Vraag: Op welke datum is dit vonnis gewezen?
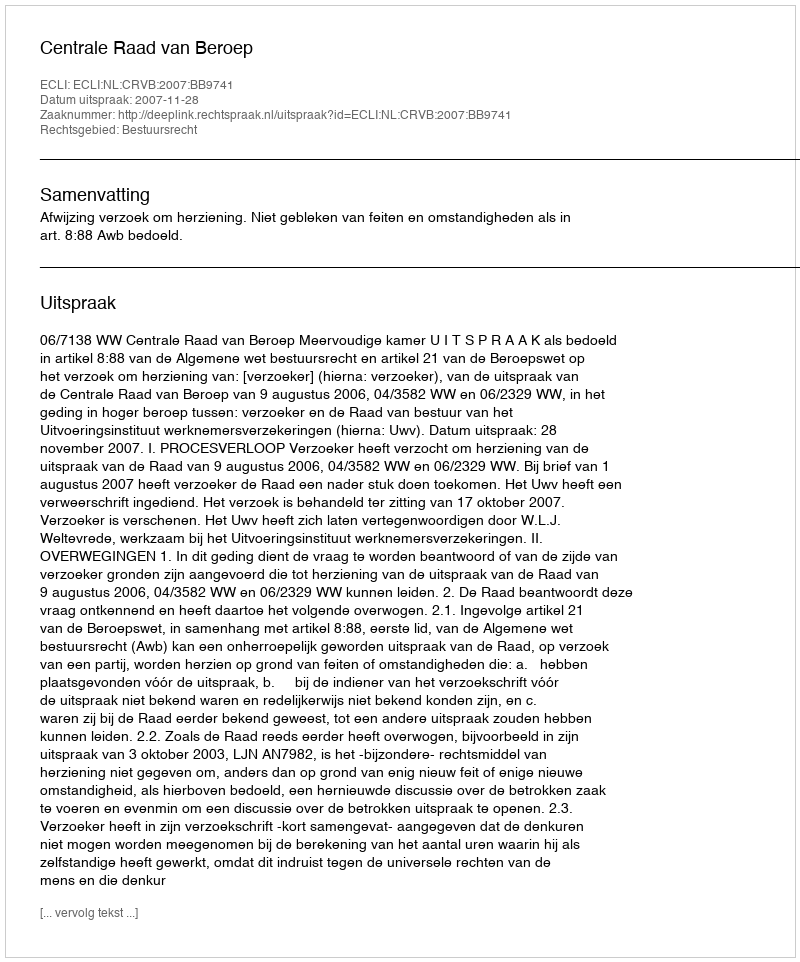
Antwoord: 2007-11-28